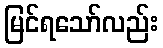
မြင်ရသော်လည်း